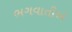
ભગવાતીએ